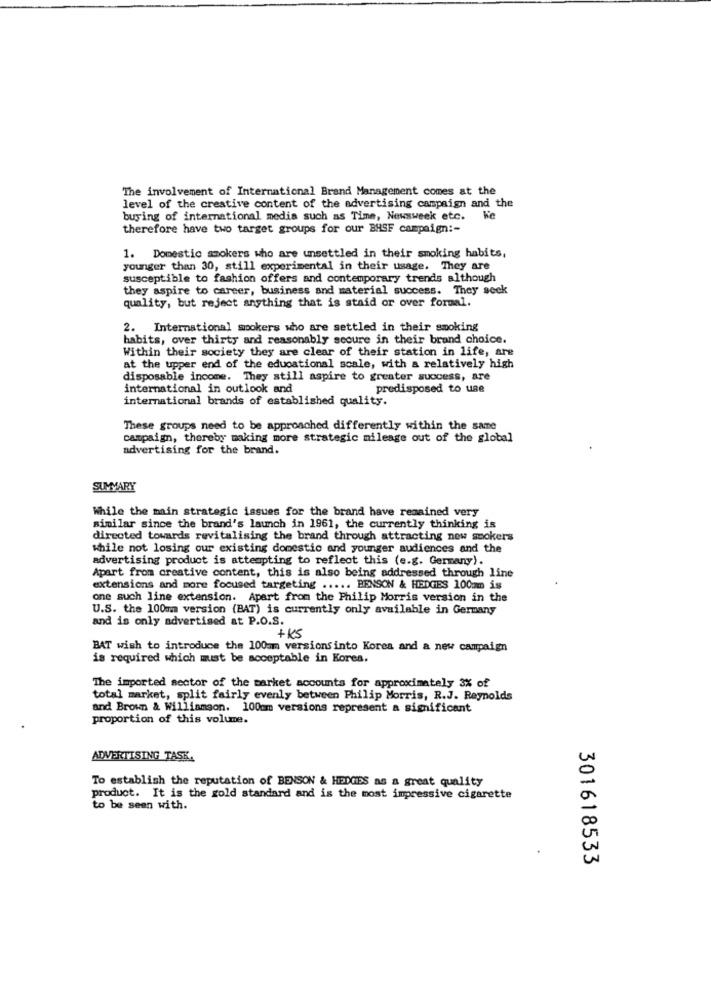
The involvement of International Brand Management comes at the
level of the creative content of the advertising campaign and the
buying of international media such as Time, Newsweek etc.
Ke
therefore have two target groups for our BASF campaign :-
1. Domestic smokers who are unsettled in their smoking habits,
younger than 30, still experimental in their usage. They are
susceptible to fashion offers and contemporary trends although
they aspire to career, business and material success. They sock
quality, but reject anything that is staid or over formal.
2. International smokers who are settled in their smoking
habits, over thirty and reasonably secure in their brand choice.
Within their society they are clear of their station in life, are
at the upper end of the educational scale, with a relatively high
disposable income. They still aspire to greater success, are
international in outlook and
predisposed to use
international brands of established quality.
These groups need to be approached differently within the same
campaign, thereby making more strategic mileage out of the global
advertising for the brand.
SUMMARY
While the main strategic issues for the brand have remained very
similar since the brand's launch in 1961, the currently thinking is
directed towards revitalising the brand through attracting now smokers
while not losing our existing domestic and younger audiences and the
advertising product is attempting to reflect this (e.g. Germany).
Apart from creative content, this is also being addressed through line
extensions and more focused targeting ..... BENSON & HEDGES 100mm is
one such line extension. Apart from the Philip Morris version in the
U.S. the 100mm version (BAT) is currently only available in Germany
and is only advertised at P.O.S.
+KS
BAT wish to introduce the 100am versionsinto Korea and a new campaign
is required which must be acceptable in Korea,
The imported sector of the market accounts for approximately 3% of
total market, split fairly evenly between Philip Morris, R.J. Reynolds
and Brown & Williamson. 100mm versions represent a significant
proportion of this volume.
ADVERTISING TASK.
To establish the reputation of BENSON & HEDGES as a great quality
product. It is the gold standard and is the most impressive cigarette
to be seen with.
301618533